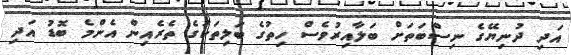
އަދި ދުނިޔޭގެ ނިސްބަތަށް ބަލާއިރުވެސް ހިތުގެ ބަލިތަކުގެ ތެރެއިން އެންމެ ބޮޑު އަދި